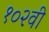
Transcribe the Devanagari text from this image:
१०२वी